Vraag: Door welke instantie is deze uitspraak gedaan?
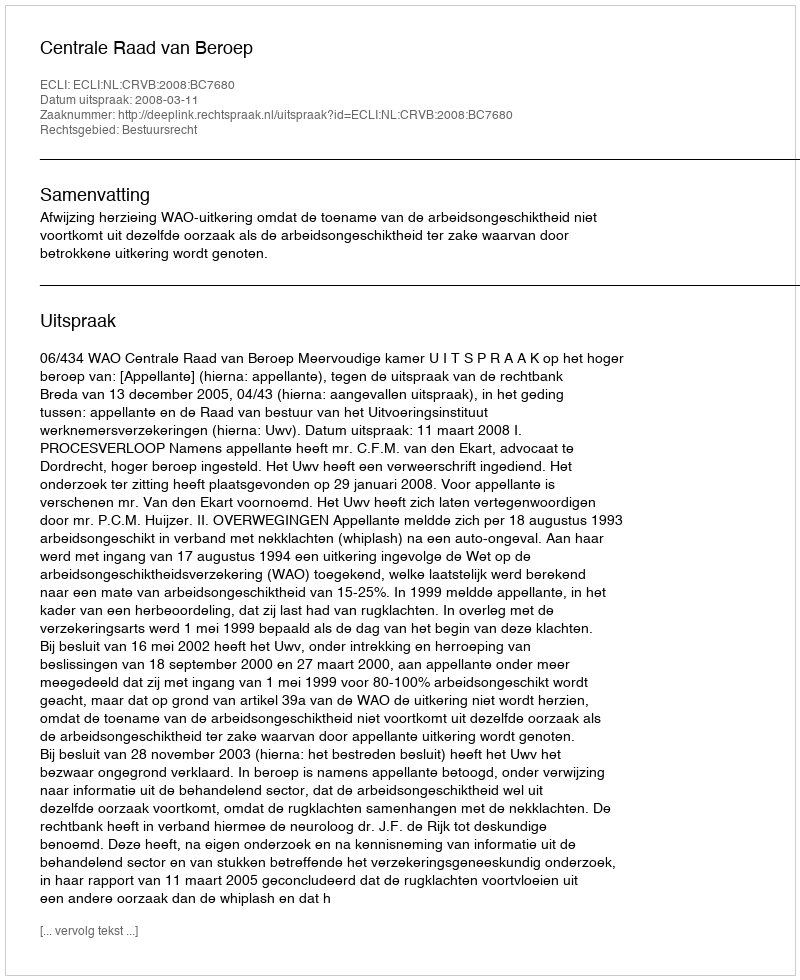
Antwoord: Centrale Raad van Beroep